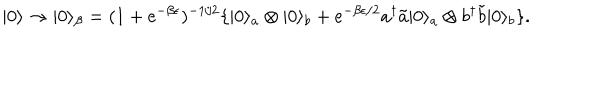
| 0 \rangle \rightarrow | 0 \rangle _ { \beta } = ( 1 + \mathrm { e } ^ { - \beta \epsilon } ) ^ { - 1 / 2 } \{ | 0 \rangle _ { a } \otimes | 0 \rangle _ { b } + \mathrm { e } ^ { - \beta \epsilon / 2 } a ^ { \dagger } { \tilde { a } } | 0 \rangle _ { a } \otimes b ^ { \dagger } { \tilde { b } } | 0 \rangle _ { b } \} .